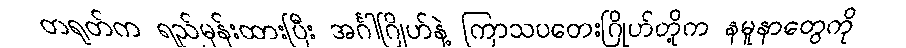
တရုတ်က ရည်မှန်းထားပြီး အင်္ဂါဂြိုဟ်နဲ့ ကြာသပတေးဂြိုဟ်တို့က နမူနာတွေကို